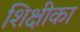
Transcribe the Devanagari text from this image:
शिक्षीका